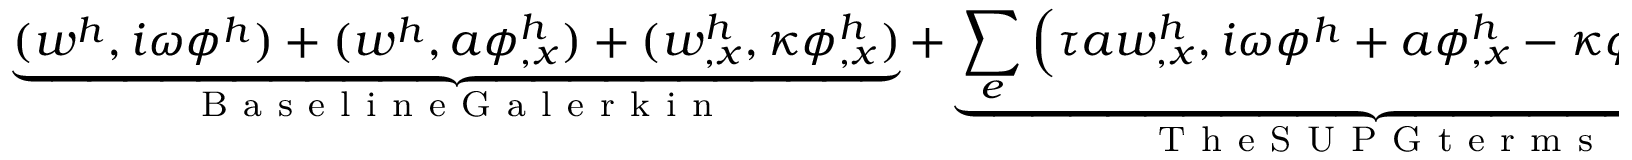
\underbrace { ( w ^ { h } , i \omega \phi ^ { h } ) + ( w ^ { h } , a \phi _ { , x } ^ { h } ) + ( w _ { , x } ^ { h } , \kappa \phi _ { , x } ^ { h } ) } _ { \mathrm { ~ B ~ a ~ s ~ e ~ l ~ i ~ n ~ e ~ G ~ a ~ l ~ e ~ r ~ k ~ i ~ n ~ } } + \underbrace { \sum _ { e } \Big ( \tau a w _ { , x } ^ { h } , i \omega \phi ^ { h } + a \phi _ { , x } ^ { h } - \kappa \phi _ { , x x } ^ { h } \Big ) _ { \Omega _ { e } } } _ { \mathrm { ~ T ~ h ~ e ~ S ~ U ~ P ~ G ~ t ~ e ~ r ~ m ~ s ~ } } = 0 ,